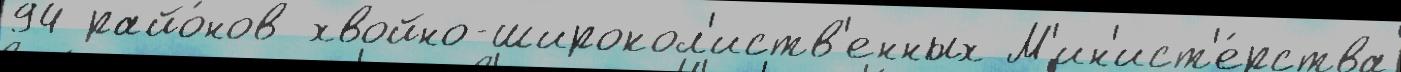
94 райо́нов хвойно-широкол'иств'енных М'ин'ист'е́рства